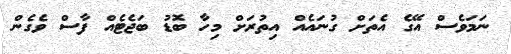
ނަމަވެސް އޭގެ އެތަށް ގުނައެއް އިތުރަށް މިހާ ބޮޑު ބަޖެޓެއް ފާސް ވެގެން